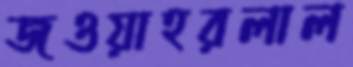
জওয়াহরলাল